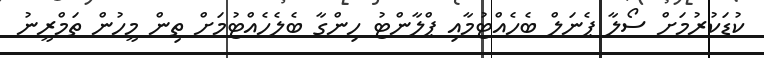
ކުޑަކުރުމަށް ސޯލާ ޕެނަލް ބެހެއްޓުމާއި ޕްލާންޓު ހިންގާ ބެލެހެއްޓުމަށް ތިން މީހުން ތަމްރީނު